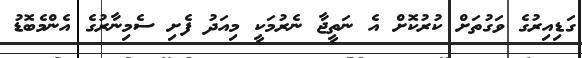
ގަޑިއިރުގެ ވަގުތަށް ކުރުކޮށް އެ ނަތީޖާ ނެރުމަކީ މިއަދު ފެށި ސެމިނާރުގެ އެންމެބޮޑު